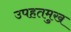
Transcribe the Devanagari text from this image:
उपहतमुख